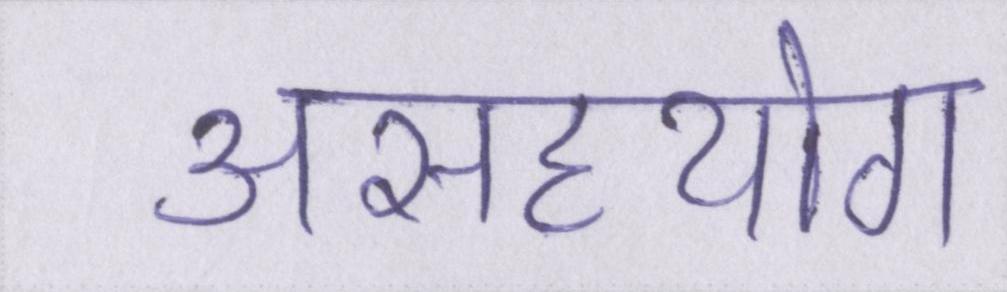
असहयोग